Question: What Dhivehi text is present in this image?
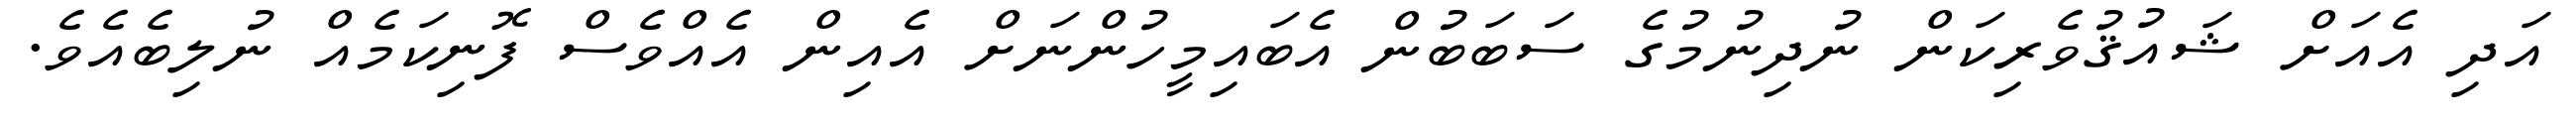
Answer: އަދި އެއަށް ޝައުޤުވެރިކަން ނުދިނުމުގެ ސަބަބުން އެބައިމީހުންނަށް އެއިން އެއްވެސް ފޮނިކަމެއް ނުލިބެއެވެ.